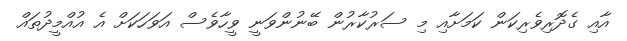
އާއި ގެދޮރިވެރިކަން ކަމަށާއި މި ސަރުކާރުން ބޭނުންވަނީ ވީހާވެސް އަވަހަކަށް އެ އުއްމީދުތައް